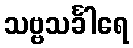
သဗ္ဗသင်္ခါရေ